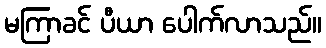
မကြာခင် ပီယာ ပေါက်လာသည်။